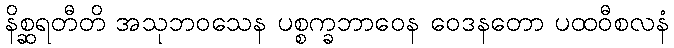
နိစ္ဆရတီတိ အသုဘဝသေန ပစ္စက္ခဘာဝေန ဝေဒနတော ပထဝီစလနံ